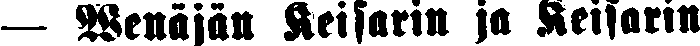
— Wenäjän Keisarin ja keisarin